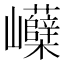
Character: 𡿗